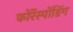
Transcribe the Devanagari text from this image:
कोर्रेस्पोंडिंग